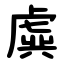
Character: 虡